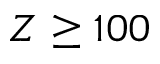
Z \geq 1 0 0